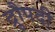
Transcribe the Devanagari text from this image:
द्रुौपदी